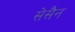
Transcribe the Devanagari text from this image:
सेसैन